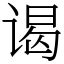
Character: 谒